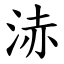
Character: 浾